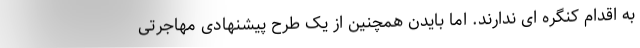
به اقدام کنگره ای ندارند. اما بایدن همچنین از یک طرح پیشنهادی مهاجرتی